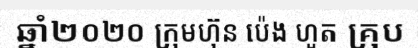
ឆ្នាំ២០២០ ក្រុមហ៊ុន ប៉េង ហួត គ្រុប